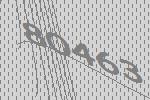
80463